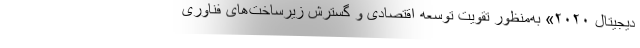
دیجیتال ۲۰۲۰» به‌منظور تقویت توسعه اقتصادی و گسترش زیرساخت‌های فناوری